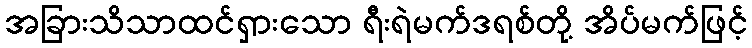
အခြားသိသာထင်ရှားသော ရီးရဲမက်ဒရစ်တို့ အိပ်မက်ဖြင့်